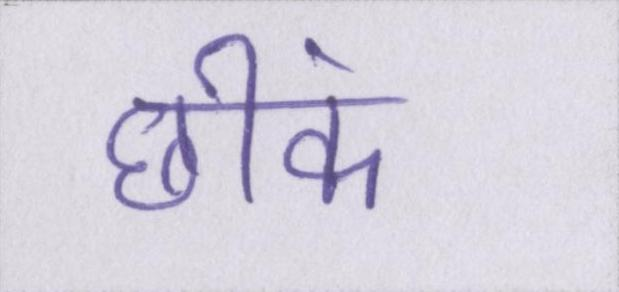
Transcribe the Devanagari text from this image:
छींक